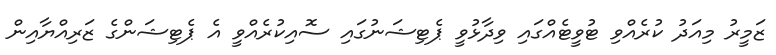
ޒަމީރު މިއަދު ކުރެއްވި ޓުވީޓެއްގައި ވިދާޅުވީ ޕެޓިޝަނުގައި ސޮއިކުރެއްވީ އެ ޕެޓިޝަންގެ ޒަރިއްޔާއިން